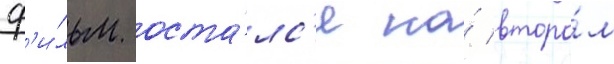
ф'и́льм оста́лс'я на́ второ́м